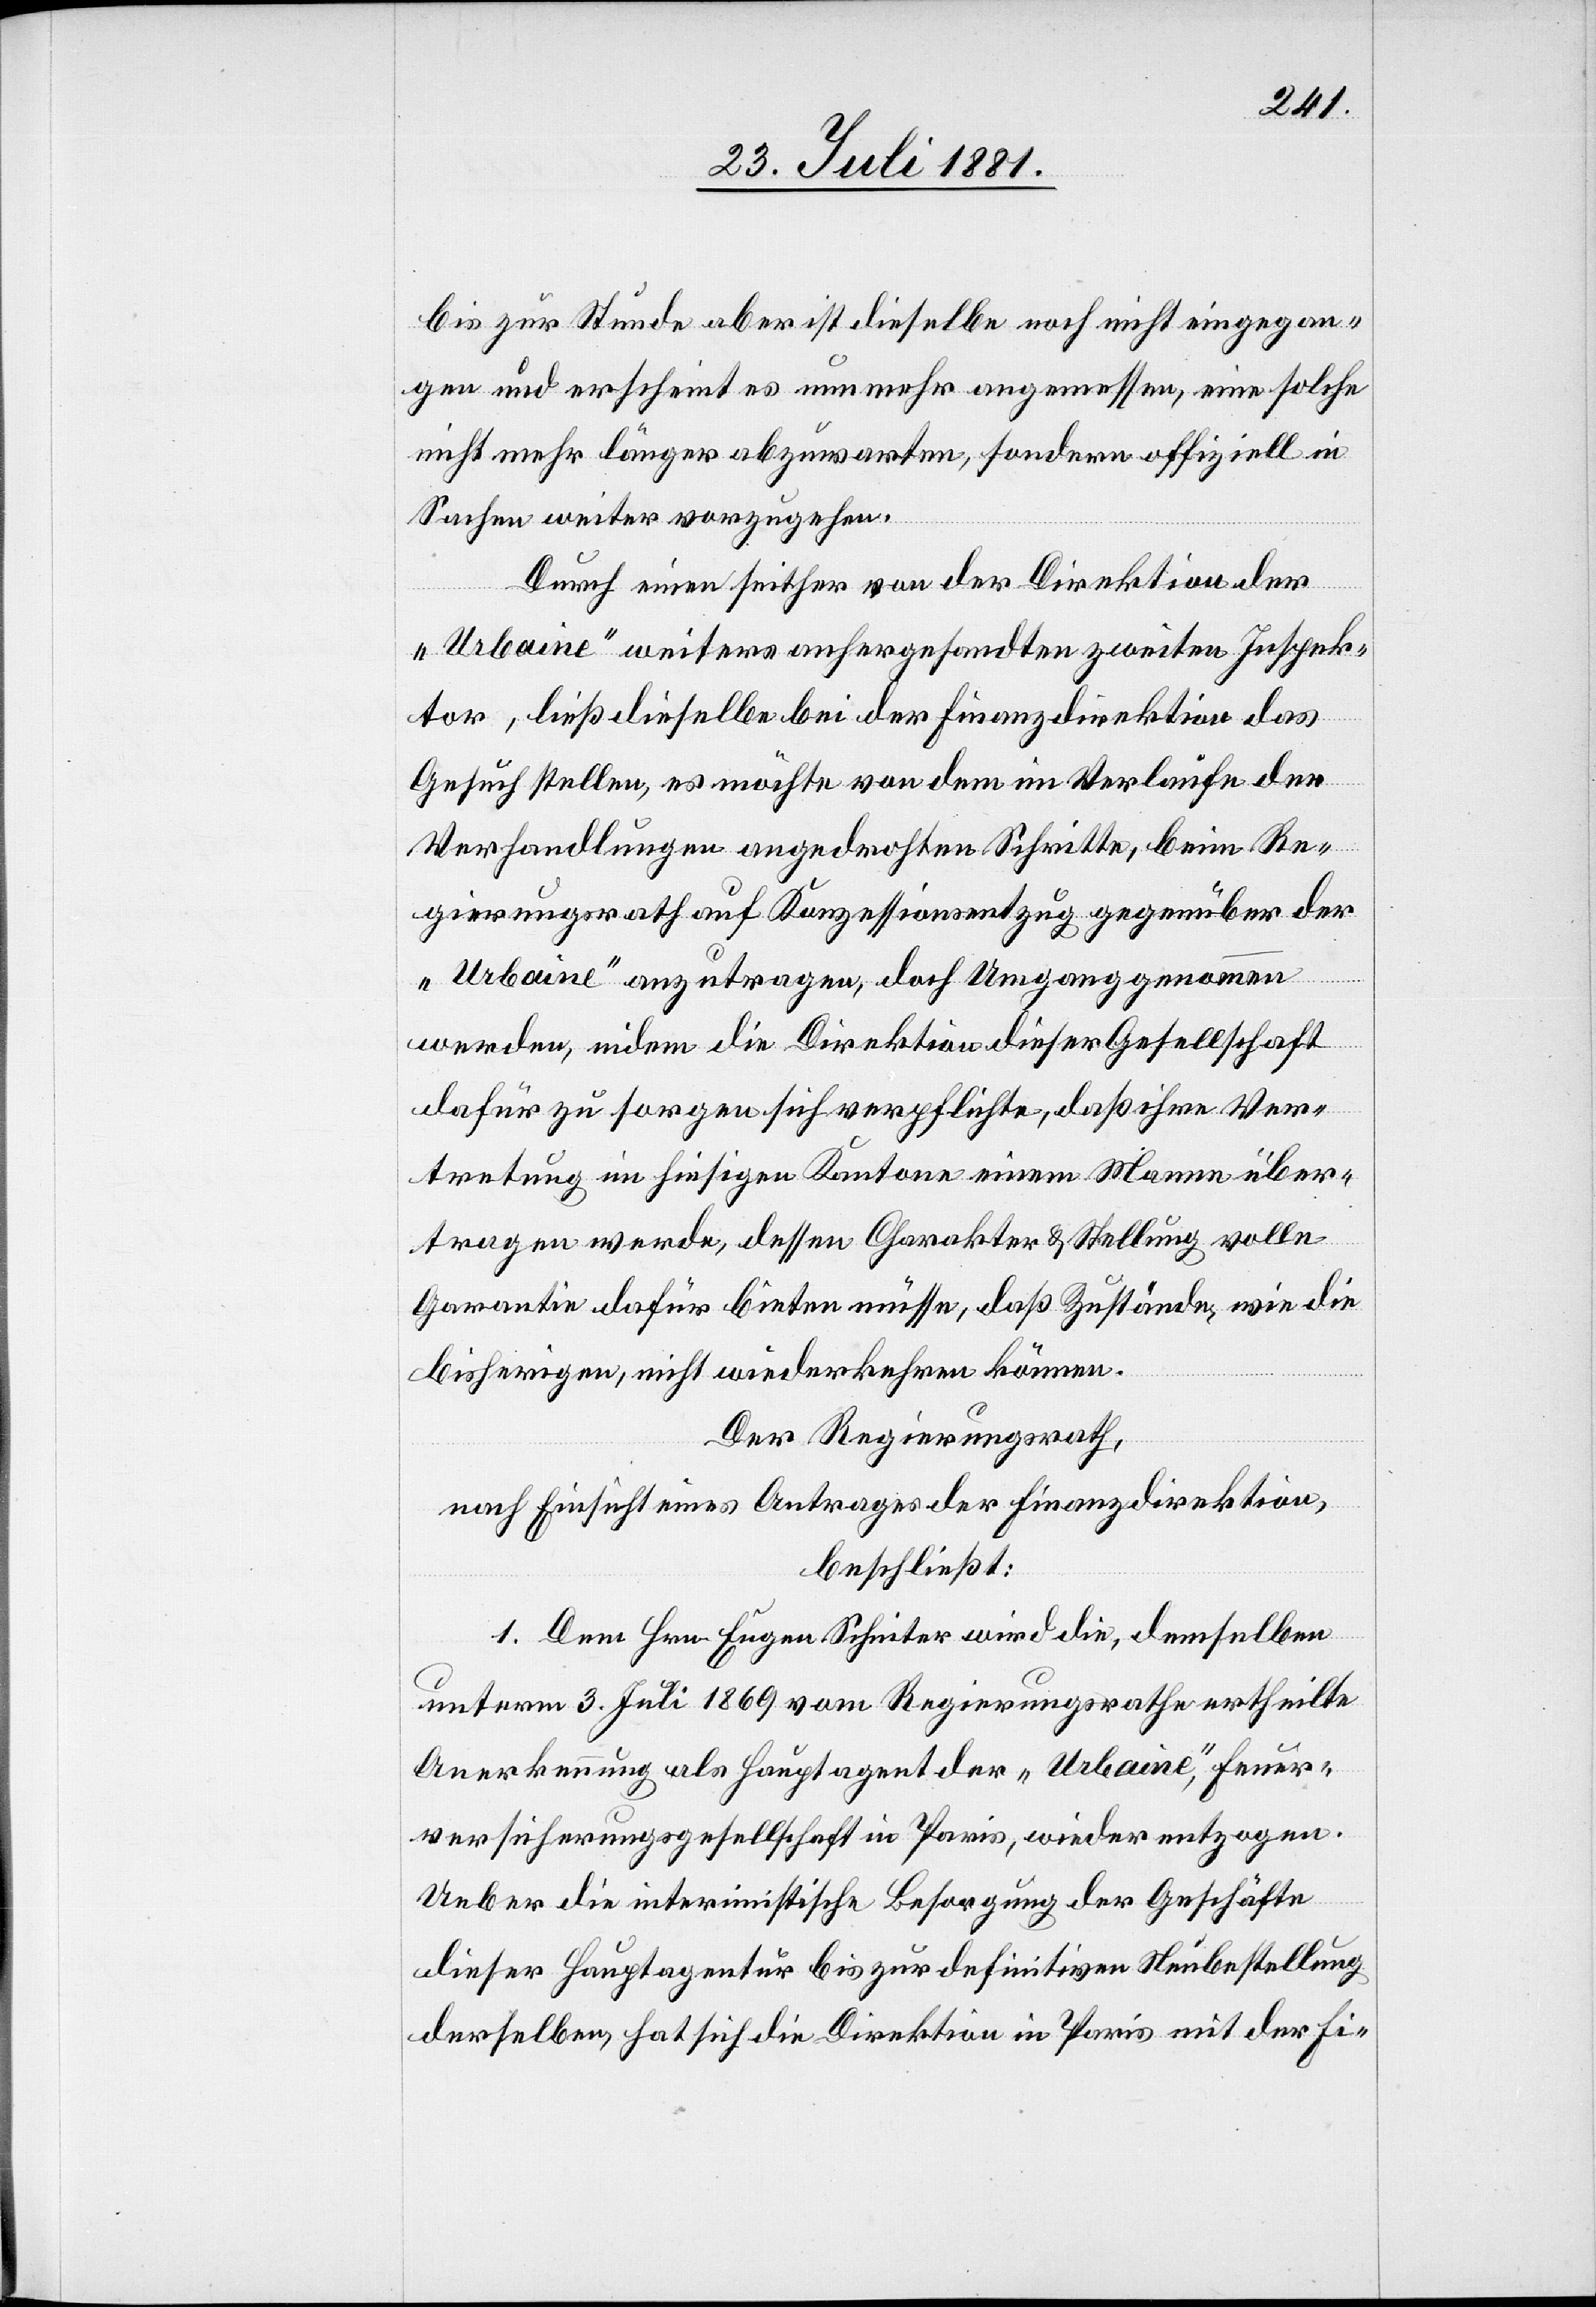
bis zur Stunde aber ist dieselbe noch nicht eingegan¬
gen und erscheint es nunmehr angemessen, eine solche
nicht mehr länger abzuwarten, sondern offiziell in
Sachen weiter vorzugehen.
Durch einen seither von der Direktion der
„Urbaine“ weiters anhergesandten zweiten Inspek¬
tor, ließ dieselbe bei der Finanzdirektion das
Gesuch stellen, es möchte von dem im Verlaufe der
Verhandlungen angedrohten Schritte, beim Re¬
gierungsrathe auf Konzessionsentzug gegenüber der
„Urbaine“ anzutragen, doch Umgang genommen
werden, indem die Direktion dieser Gesellschaft
dafür zu sorgen sich verpflichte, daß ihre Ver¬
tretung im hiesigen Kanton einem Mann über¬
tragen werde, dessen Charakter & Stellung volle
Garantie dafür bieten müsse, daß Zustände, wie die
bisherigen, nicht wiederkehren können.
Der Regierungsrath,
nach Einsicht eines Antrages der Finanzdirektion,
beschließt:
1. Dem Hrn. Eugen Scheiter wird die, demselben
unterm 3. Juli 1869 vom Regierungsrathe ertheilte
Anerkennung als Hauptagent der „Urbaine“, Feuer¬
versicherungsgesellschaft in Paris, wieder entzogen.
Ueber die interimistische Besorgung der Geschäfte
dieser Hauptagentur bis zur definitiven Neubestellung
derselben, hat sich die Direktion in Paris mit der Fi-